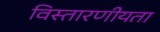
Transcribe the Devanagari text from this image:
विस्तारणीयता